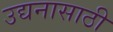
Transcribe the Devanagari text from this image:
उद्यनासाठी